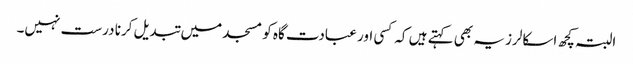
البتہ کچھ اسکالرز یہ بھی کہتے ہیں کہ کسی اور عبادت گاہ کو مسجد میں تبدیل کرنا درست نہیں۔